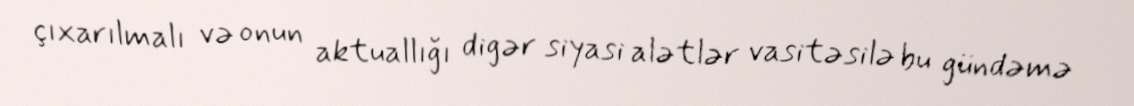
çıxarılmalı və onun aktuallığı digər siyasi alətlər vasitəsilə bu gündəmə